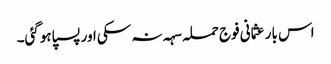
اس بار عثمانی فوج حملہ سہہ نہ سکی اور پسپا ہوگئی۔